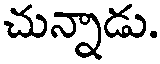
చున్నాడు.